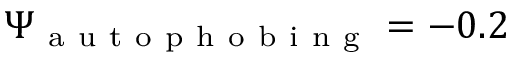
\Psi _ { \mathrm { ~ a ~ u ~ t ~ o ~ p ~ h ~ o ~ b ~ i ~ n ~ g ~ } } = - 0 . 2